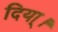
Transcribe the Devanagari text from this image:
दिया्।